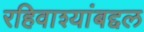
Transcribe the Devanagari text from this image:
रहिवाश्यांबद्दल